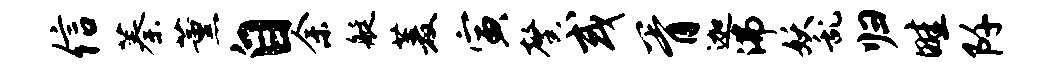
信蓁薰自余艇菱寅馨或胥迦沸妖乱归畦阡